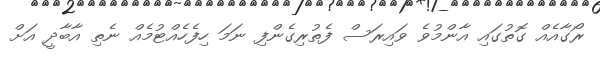
ރޯގާއެއް ގޮތުގައި އާންމުވެ ވައިރަސް ފެތުރިގެންފި ނަމަ ހިފެހެއްޓުމެއް ނެތި އާބާދީ އަށް